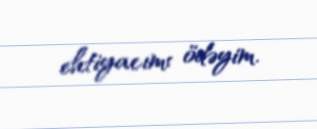
ehtiyacımı ödəyim.